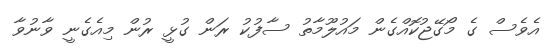
އެވެސް ގެ މޯގޭޖުކޮއްގެން މައުލޫމާތު ސާފުކު ރަން ގުޅީ ރުން މިއެގެނީ ވާނުވާ